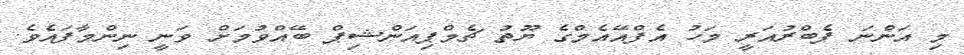
މި އަންނަ ފެބްރުއަރީ މަހު އެފްއޭއެމްގެ ޔޫތު ޗެމްޕިއަންޝިޕް ބޭއްވުމަށް ވަނީ ނިންމާފައެވެ.